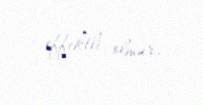
effektli olmur.